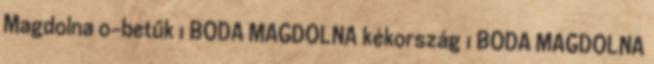
Magdolna o-betűk 1 BODA MAGDOLNA kékország 1 BODA MAGDOLNA